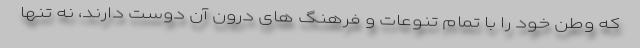
که وطن خود را با تمام تنوعات و فرهنگ های درون آن دوست دارند، نه تنها